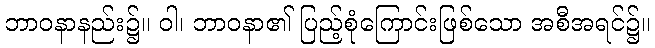
ဘာဝနာနည်း၌။ ဝါ၊ ဘာဝနာ၏ ပြည့်စုံကြောင်းဖြစ်သော အစီအရင်၌။